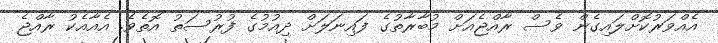
އެއްވަރުކޮށްލައިގެން ވެސް ރާއްޖެއަށް މުބާރާތުގެ ފައިނަލަށް ދިއުމުގެ ފުރުސަތު އޮތެވެ. އެއާއެކު ރާއްޖެ